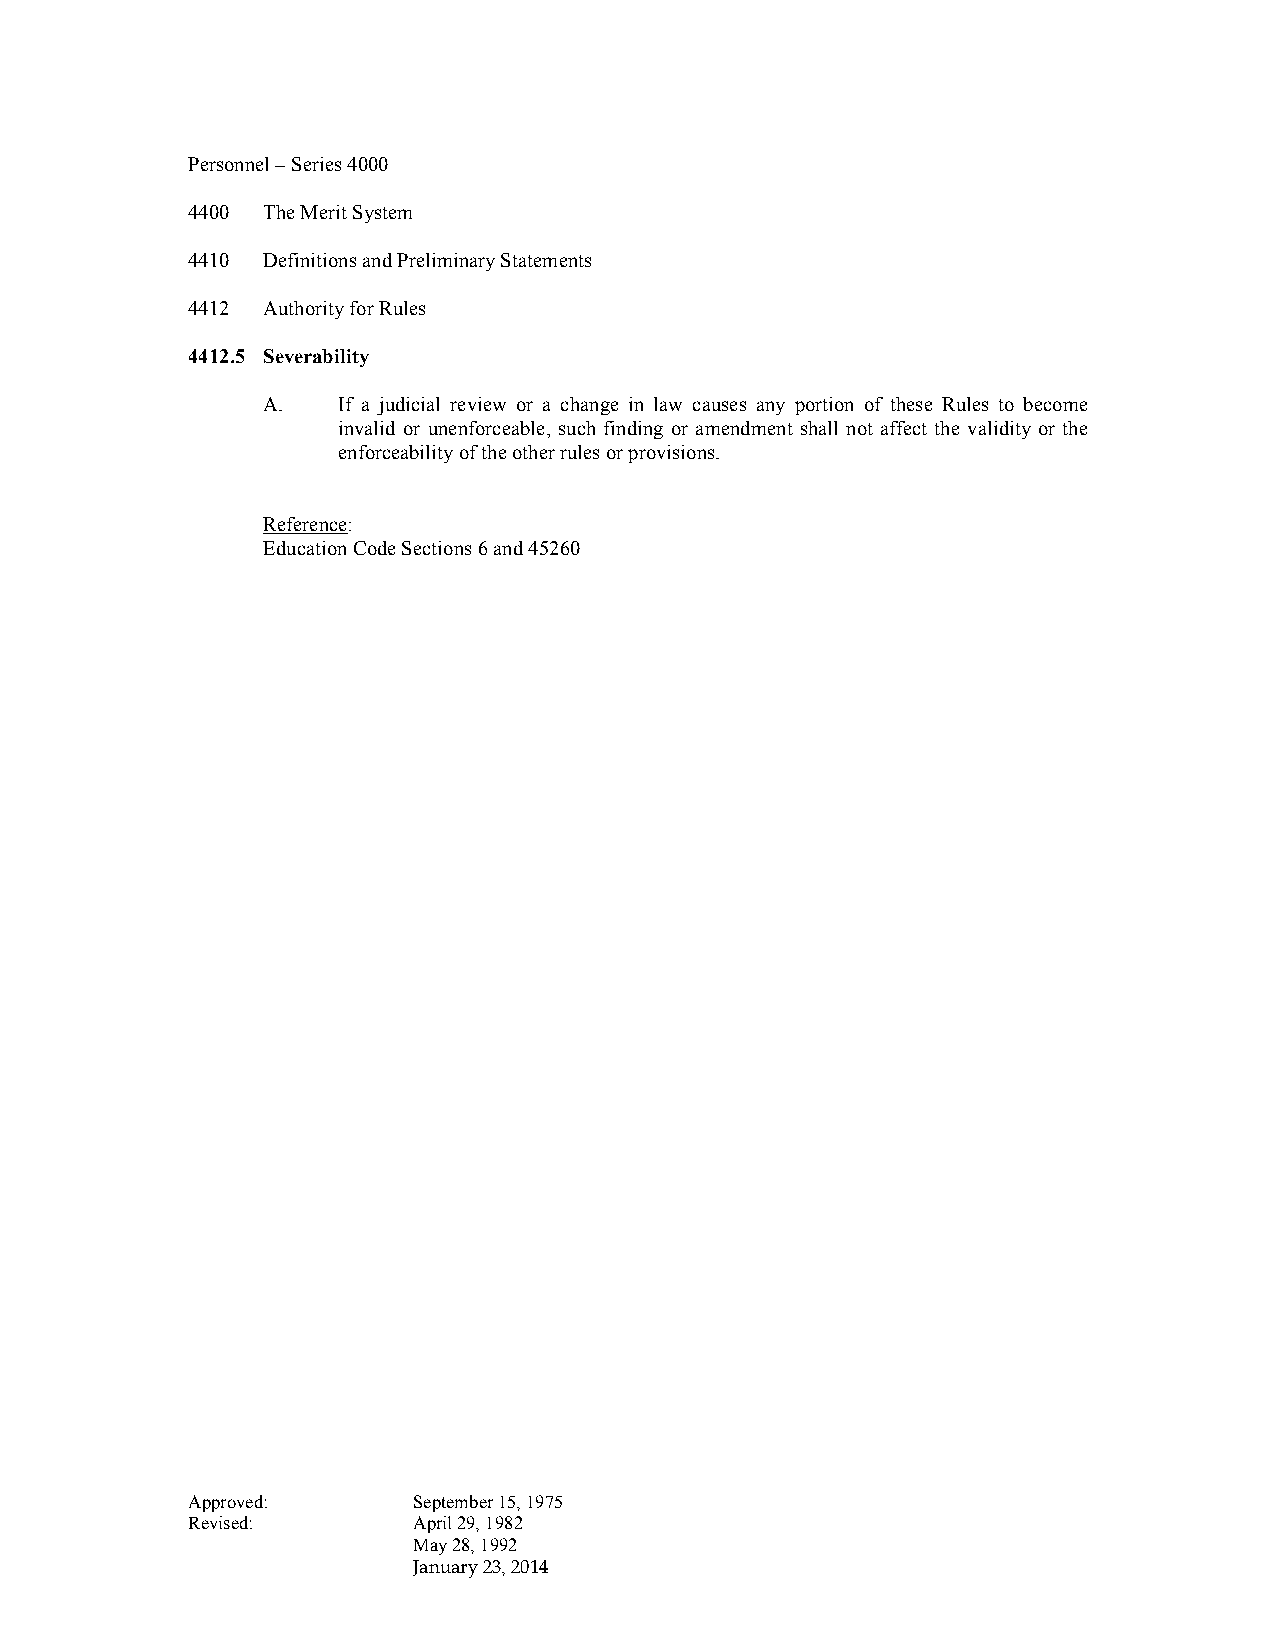
Personnel – Series 4000
 4400 The Merit System
 4410 Definitions and Preliminary Statements
 4412 Authority for Rules
 4412.5 Severability
 A.   If a judicial review or a change in law causes any portion of these Rules to become
 invalid or unenforceable, such finding or amendment shall not affect the validity or the
 enforceability of the other rules or provisions.
 Reference:
 Education Code Sections 6 and 45260
 Approved:      September 15, 1975
 Revised:       April 29, 1982
 May 28, 1992
 January 23, 2014